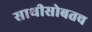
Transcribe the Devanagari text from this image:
साथीसोबतच